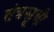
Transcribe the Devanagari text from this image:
तंत्रसूची